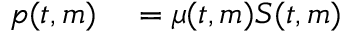
\begin{array} { r l } { p ( t , m ) } & { { } = \mu ( t , m ) S ( t , m ) } \end{array}